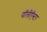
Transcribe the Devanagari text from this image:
पॉलीऍस्टर